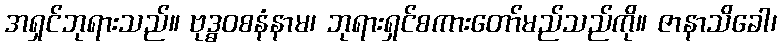
အရှင်ဘုရားသည်။ ဗုဒ္ဓဝစနံနာမ၊ ဘုရားရှင်စကားတော်မည်သည်ကို။ ဇာနာသိခေါ၊